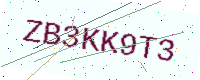
Text: ZB3KK9T3